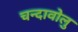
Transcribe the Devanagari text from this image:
चन्दावोलु